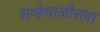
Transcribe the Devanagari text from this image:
सव्हेचाळीसवा